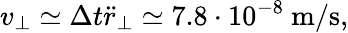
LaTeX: v_{\perp}\simeq\Delta t\ddot{r}_{\perp}\simeq 7.8\cdot 10^{-8}~\mathrm{m/s},